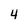
Character: 4